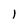
Character: l